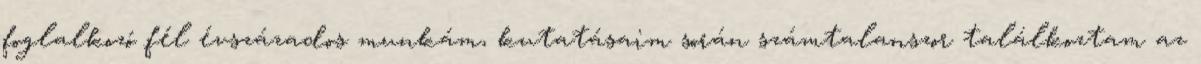
foglalkozó fél évszázados munkám, kutatásaim során számtalanszor találkoztam az